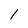
Character: l